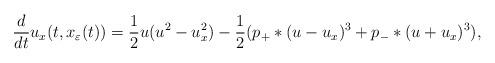
LaTeX: \begin{align*}\dfrac{d}{dt}u_x(t,x_\varepsilon(t))=\dfrac{1}{2}u(u^2-u_x^2)-\dfrac{1}{2}(p_+*(u-u_x)^3+p_-*(u+u_x)^3),\end{align*}